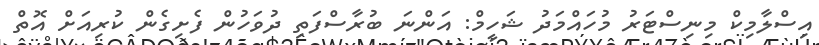
އިސްލާމިކް މިނިސްޓަރު މުހައްމަދު ޝަހީމް: އަންނަ ބުރާސްފަތި ދުވަހުން ފެށިގެން ކުރިއަށް އޮތް